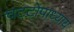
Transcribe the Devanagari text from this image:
चटटोपाध्याय